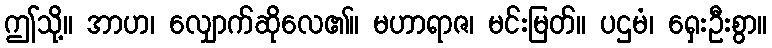
ဤသို့။ အာဟ၊ လျှောက်ဆိုလေ၏။ မဟာရာဇ၊ မင်းမြတ်။ ပဌမံ၊ ရှေးဦးစွာ။